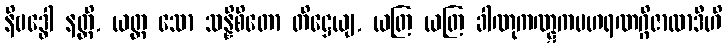
နိဗဒ္ဓေါ နတ္ထိ, ယတ္ထ သော သန္နိစိတော တိဋ္ဌေယျ, ယတြ ယတြ ခါဏုကဏ္ဋကပဟရဏဂ္ဂိဇာလာဒီဟိ